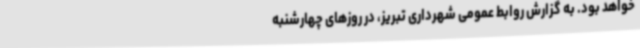
خواهد بود. به گزارش روابط عمومی شهرداری تبریز، در روزهای چهارشنبه